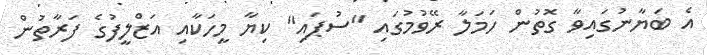
އެ ބަޔާނުގައިވާ ގޮތުން ހަމަލާ ރޭވުމުގައި "ސުޕައި" ކިޔާ މީހަކާއި އަޒްލީފުގެ ފަރާތުން